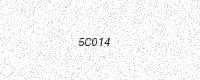
Text: 5C014